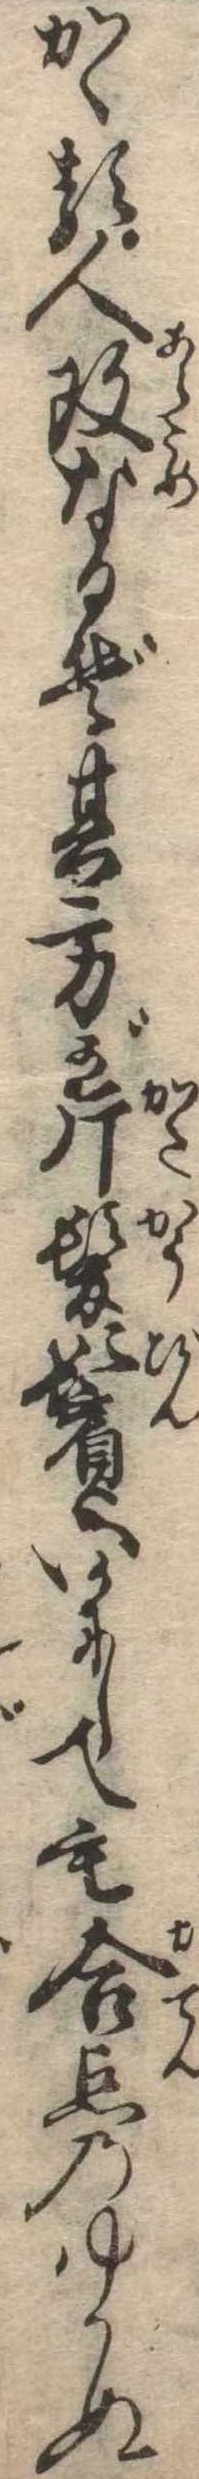
かゝる人改なるぞ其方が片髪鬢いかにしても合点のゆかぬ